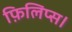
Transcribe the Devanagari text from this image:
फ़िलिप्स।